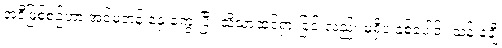
အဲဒီဖြစ်စဉ်ဟာ အင်မတန် နှေးကွေးပြီး သိသာထင်ရှားခြင်းလည်း မရှိပဲ နှစ်ပေါင်း သန်းနဲ့ချီ